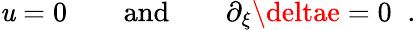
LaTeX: \mathit{u}=0\qquad\mathrm{{and}}\qquad\partial_{\xi}\deltae=0\; \; .